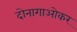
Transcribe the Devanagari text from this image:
दोनागाओकर